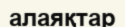
алаяқтар